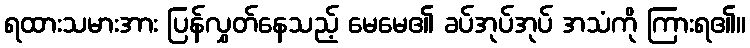
ရထားသမားအား ပြန်လွှတ်နေသည့် မေမေ၏ ခပ်အုပ်အုပ် အသံကို ကြားရ၏။